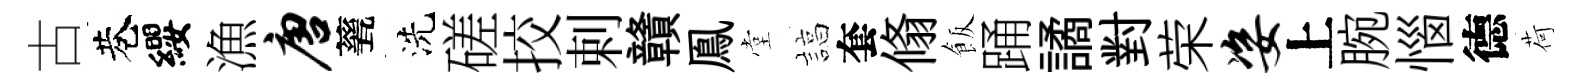
古巷纓漁唐甆洗磋挍剌贛鳯堂諄套翛飯踊譎對荣姿上腕惱德荷